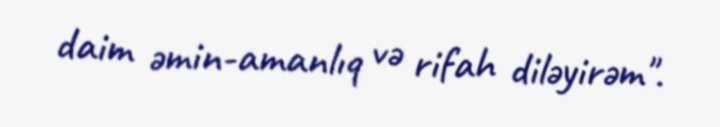
daim əmin-amanlıq və rifah diləyirəm".